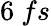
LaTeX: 6~fs